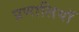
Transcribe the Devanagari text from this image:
प्रणालियॉ